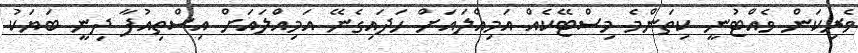
ވެރިކަން ވެއްޓުނީ ކިތަންމެ މިސްޓޭކެއް އަމިއްލައަށް ހަދައިގެނޭ އަމިއްލައަށް އިސްތިއުފާ ދިނީ ބަޔަކު